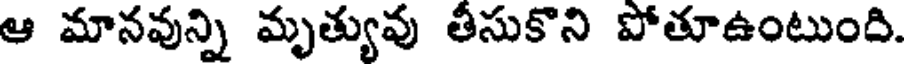
ఆ మానవున్ని మృత్యువు తీసుకొని పోతూఉంటుంది.